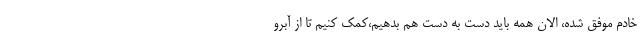
خادم موفق شده، الان همه باید دست به دست هم بدهیم،کمک کنیم تا از آبرو